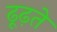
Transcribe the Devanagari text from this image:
ढूढ़ते